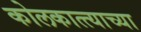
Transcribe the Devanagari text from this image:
कोलकात्त्याच्या